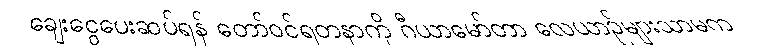
ချေးငွေပေးဆပ်ရန် တော်ဝင်ရတနာကို ဂီယာမော်တာ လေယာဉ်များသာမက